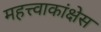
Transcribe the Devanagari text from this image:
महत्त्वाकांक्षेस